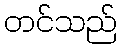
တင်သည်